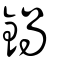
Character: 鍋